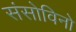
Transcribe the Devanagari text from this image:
संसोविनो